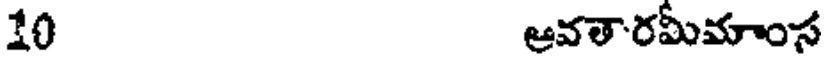
10 ఆవతారమీమాంస